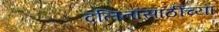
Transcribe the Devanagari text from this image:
दलितांसाठींच्या